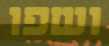
ושפו